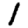
Digit: 1